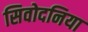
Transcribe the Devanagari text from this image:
सिवोदनिया